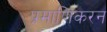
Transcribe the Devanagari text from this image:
प्रमाणिकरन